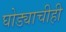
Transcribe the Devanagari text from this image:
घोड्याचीही